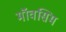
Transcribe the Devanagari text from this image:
मॉवसिम